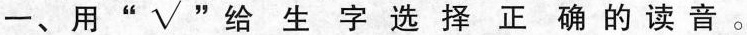
一、用”√" 给生字选择正确的读音。